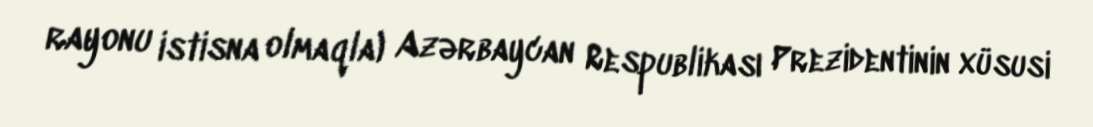
rayonu istisna olmaqla) Azərbaycan Respublikası Prezidentinin xüsusi